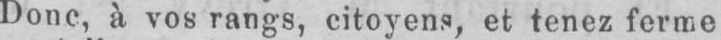
Donc, à vos rangs, citoyens, et tenez forme